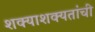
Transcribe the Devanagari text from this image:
शक्याशक्यतांची